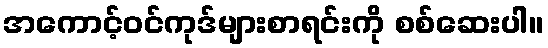
အကောင့်ဝင်ကုဒ်များစာရင်းကို စစ်ဆေးပါ။